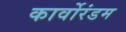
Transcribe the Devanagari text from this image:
कार्वोरंडम